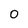
Character: 0